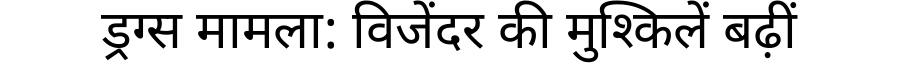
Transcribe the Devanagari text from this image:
ड्रग्स मामला: विजेंदर की मुश्किलें बढ़ीं